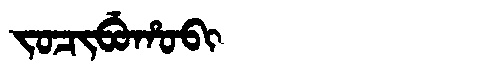
Manchu: ᠵᠣᠴᡳᠪᡠᡥᠣᠪᡳ
Romanization: JOCIBUHOBI